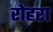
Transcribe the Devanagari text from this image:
रोहरा